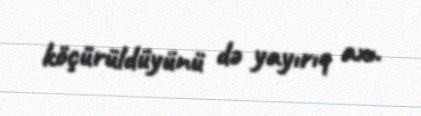
köçürüldüyünü də yayırıq axı.